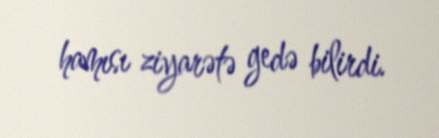
hamısı ziyarətə gedə bilirdi.